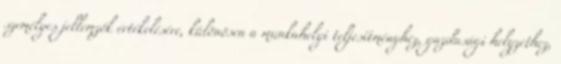
személyes jellemzők értékelésére, különösen a munkahelyi teljesítményhez, gazdasági helyzethez,